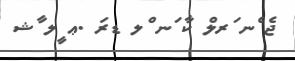
ޖެ ެނ ަރލް ކާ ަނ ްލ ޑރަ .ޢ ީލ ާޝ